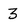
Character: 3